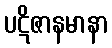
ပဋိဇာနမာနာ